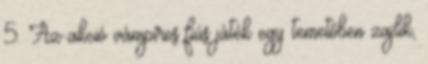
5. Az akció vámpíros fiús játék egy temetőben zajlik,